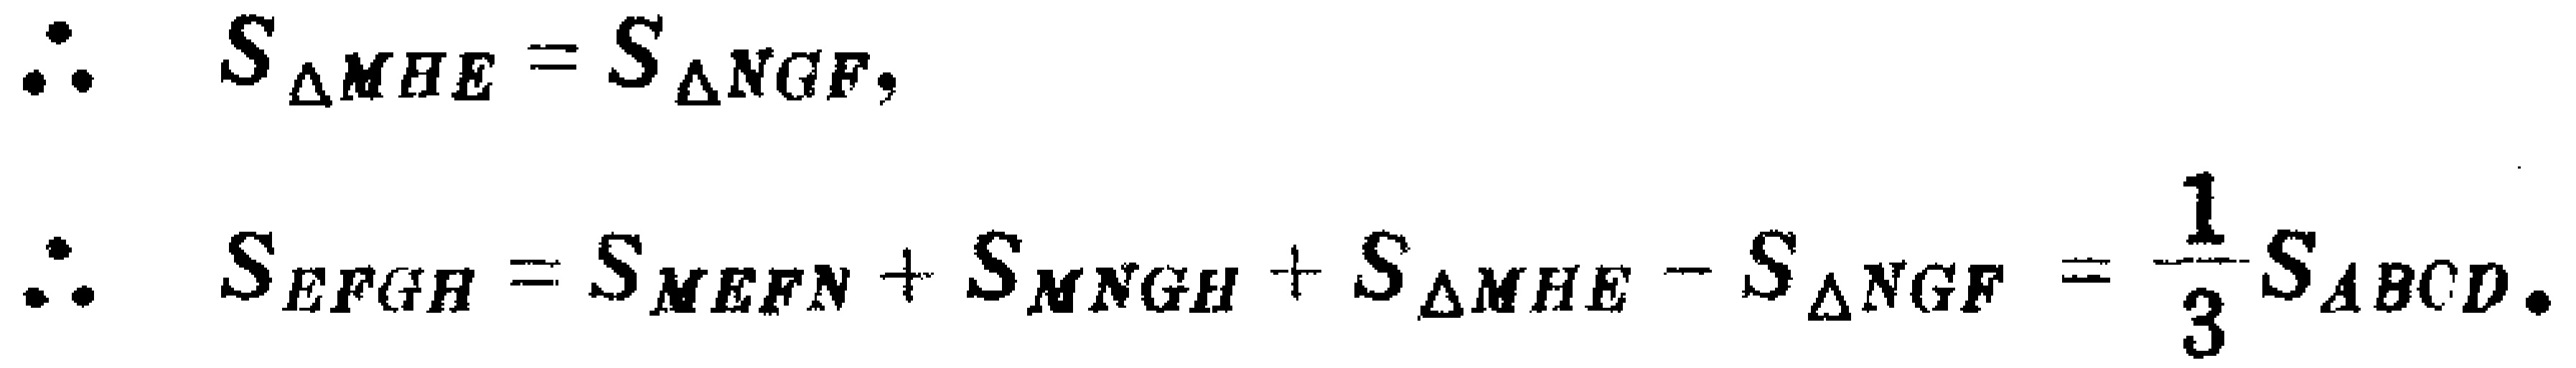
\[
\begin{align*}
\therefore\quad S_{\triangle MHE}&=S_{\triangle NGF},\\
\therefore\quad S_{EFGH}&=S_{MEFN}+S_{MNGH}+S_{\triangle MHE}-S_{\triangle NGF}=\frac{1}{3}S_{ABCD}.
\end{align*}
\]